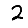
Digit: 2